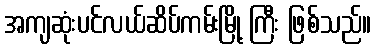
အကျဆုံးပင်လယ်ဆိပ်ကမ်းမြို့ ကြီး ဖြစ်သည်။